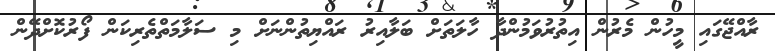
ރާއްޖޭގައި މީހުން މެރުން އިތުރުވަމުންދާ ހާލަތަށް ބަލާއިރު ރައްޔިތުންނަށް މި ސަލާމަތްތެރިކަން ފޯރުކޮށްދޭން